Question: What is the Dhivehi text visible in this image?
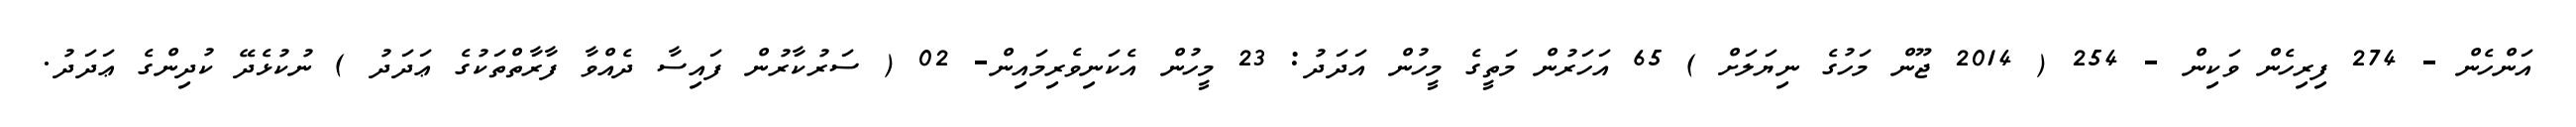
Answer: އަންހެން - 274 ފިރިހެން ވަކިން - 254 ( 2014 ޖޫން މަހުގެ ނިޔަލަށް ) 65 އަހަރުން މަތީގެ މީހުން އަދަދު: 23 މީހުން އެކަނިވެރިމައިން- 02 ( ސަރުކާރުން ފައިސާ ދެއްވާ ފާރާތްތަކުގެ ޢަދަދު ) ނުކުޅެދޭ ކުދިންގެ ޢަދަދު.